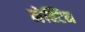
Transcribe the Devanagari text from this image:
नेक्टिन